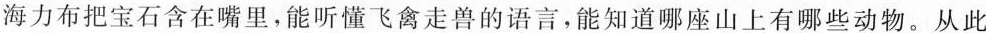
海力布把宝石含在嘴里，能听懂飞禽走兽的语言，能知道哪座山上有哪些动物。从此